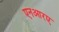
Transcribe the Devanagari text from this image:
एनआरए